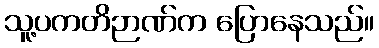
သူ့ပကတိဉာဏ်က ပြောနေသည်။